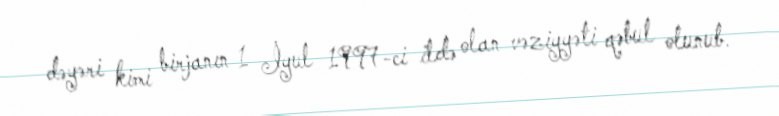
dəyəri kimi birjanın 1 İyul 1997-ci ildə olan vəziyyəti qəbul olunub.